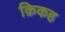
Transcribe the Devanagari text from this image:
क़िकह